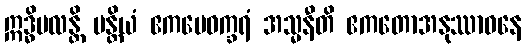
ဣဒ္ဓိဗလန္တိ ပန္တိယံ ဧကမေဝက္ခရံ အသ္မနီတိ ဧကတောအနုဿာဝနေ